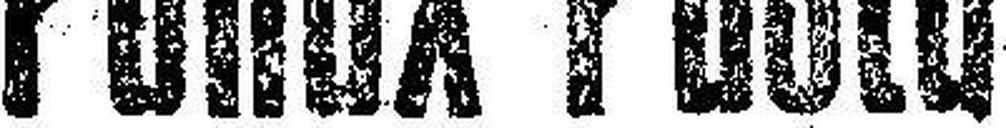
Panax - Pasta